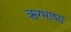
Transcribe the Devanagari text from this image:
ऋग्भाष्य